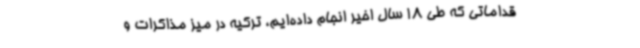
قداماتی که طی 18 سال اخیر انجام داده‌ایم، ترکیه در میز مذاکرات و